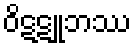
ဝိဋဋူဘဿ